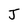
Character: J